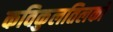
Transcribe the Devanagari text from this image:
कविकुलतिलको